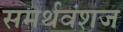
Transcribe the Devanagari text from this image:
समर्थवंशज